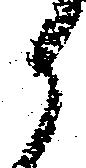
か